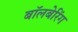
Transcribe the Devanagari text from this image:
बॉलबेरिंग